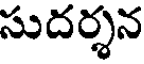
సుదర్శన